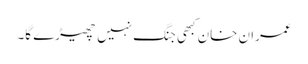
عمران خان کبھی جنگ نہیں چھیڑے گا۔